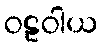
ဝဠဝါယ